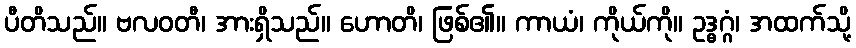
ပီတိသည်။ ဗလဝတီ၊ အားရှိသည်။ ဟောတိ၊ ဖြစ်၏။ ကာယံ၊ ကိုယ်ကို။ ဥဒ္ဓဂ္ဂံ၊ အထက်သို့